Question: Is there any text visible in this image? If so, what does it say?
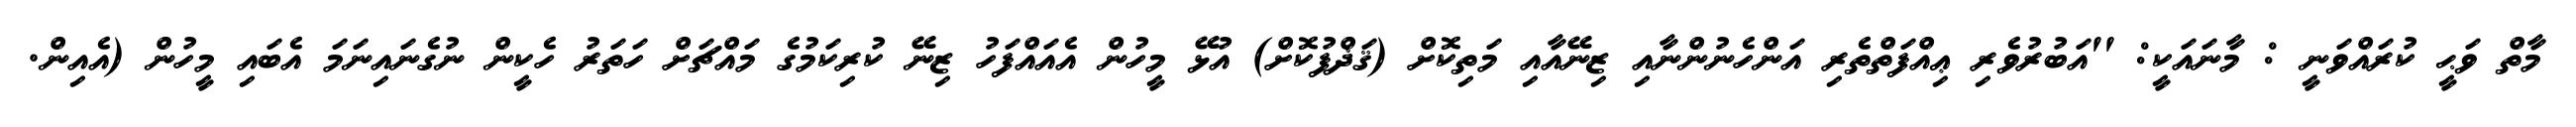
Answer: މާތް ވަޙީ ކުރައްވަނީ : މާނައަކީ: ''އަބުރުވެރި ޢިއްފަތްތެރި އަންހެނުންނާއި ޒިނޭއާއި މަތިކޮށް (ޤަޛްފުކޮށް) އުޅޭ މީހުން އެއައްފަހު ޒިނޭ ކުރިކަމުގެ މައްޗަށް ހަތަރު ހެކީން ނުގެނައިނަމަ އެބައި މީހުން (އެއިން.